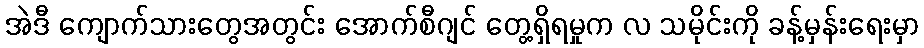
အဲဒီ ကျောက်သားတွေအတွင်း အောက်စီဂျင် တွေ့ရှိရမှုက လ သမိုင်းကို ခန့်မှန်းရေးမှာ